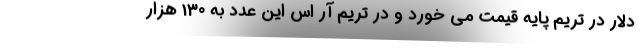
دلار در تریم پایه قیمت می خورد و در تریم آر اس این عدد به 130 هزار